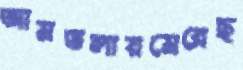
আমতলায়মেরেছ